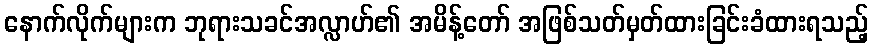
နောက်လိုက်များက ဘုရားသခင်အလ္လာဟ်၏ အမိန့်တော် အဖြစ်သတ်မှတ်ထားခြင်းခံထားရသည့်